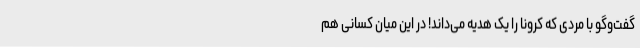
گفت‌وگو با مردی که کرونا را یک هدیه می‌داند! در این میان کسانی هم